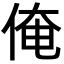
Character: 俺